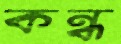
কন্ধ